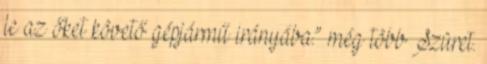
le az őket követő gépjármű irányába.” még több Szüret.